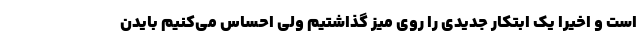
است و اخیرا یک ابتکار جدیدی را روی میز گذاشتیم ولی احساس می‌کنیم بایدن